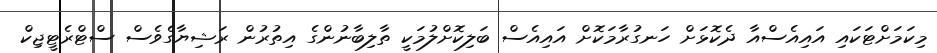
މިކަމަށްޓަކައި އައިއެސްއާ ދެކޮޅަށް ހަނގުރާމަކޮށް އައިއެސް ބަލިކޮށްލުމަކީ ތާލިބާނުންގެ އިތުރުން ރަޝިޔާގެވެސް ސްޓްރެޓީޖިކް